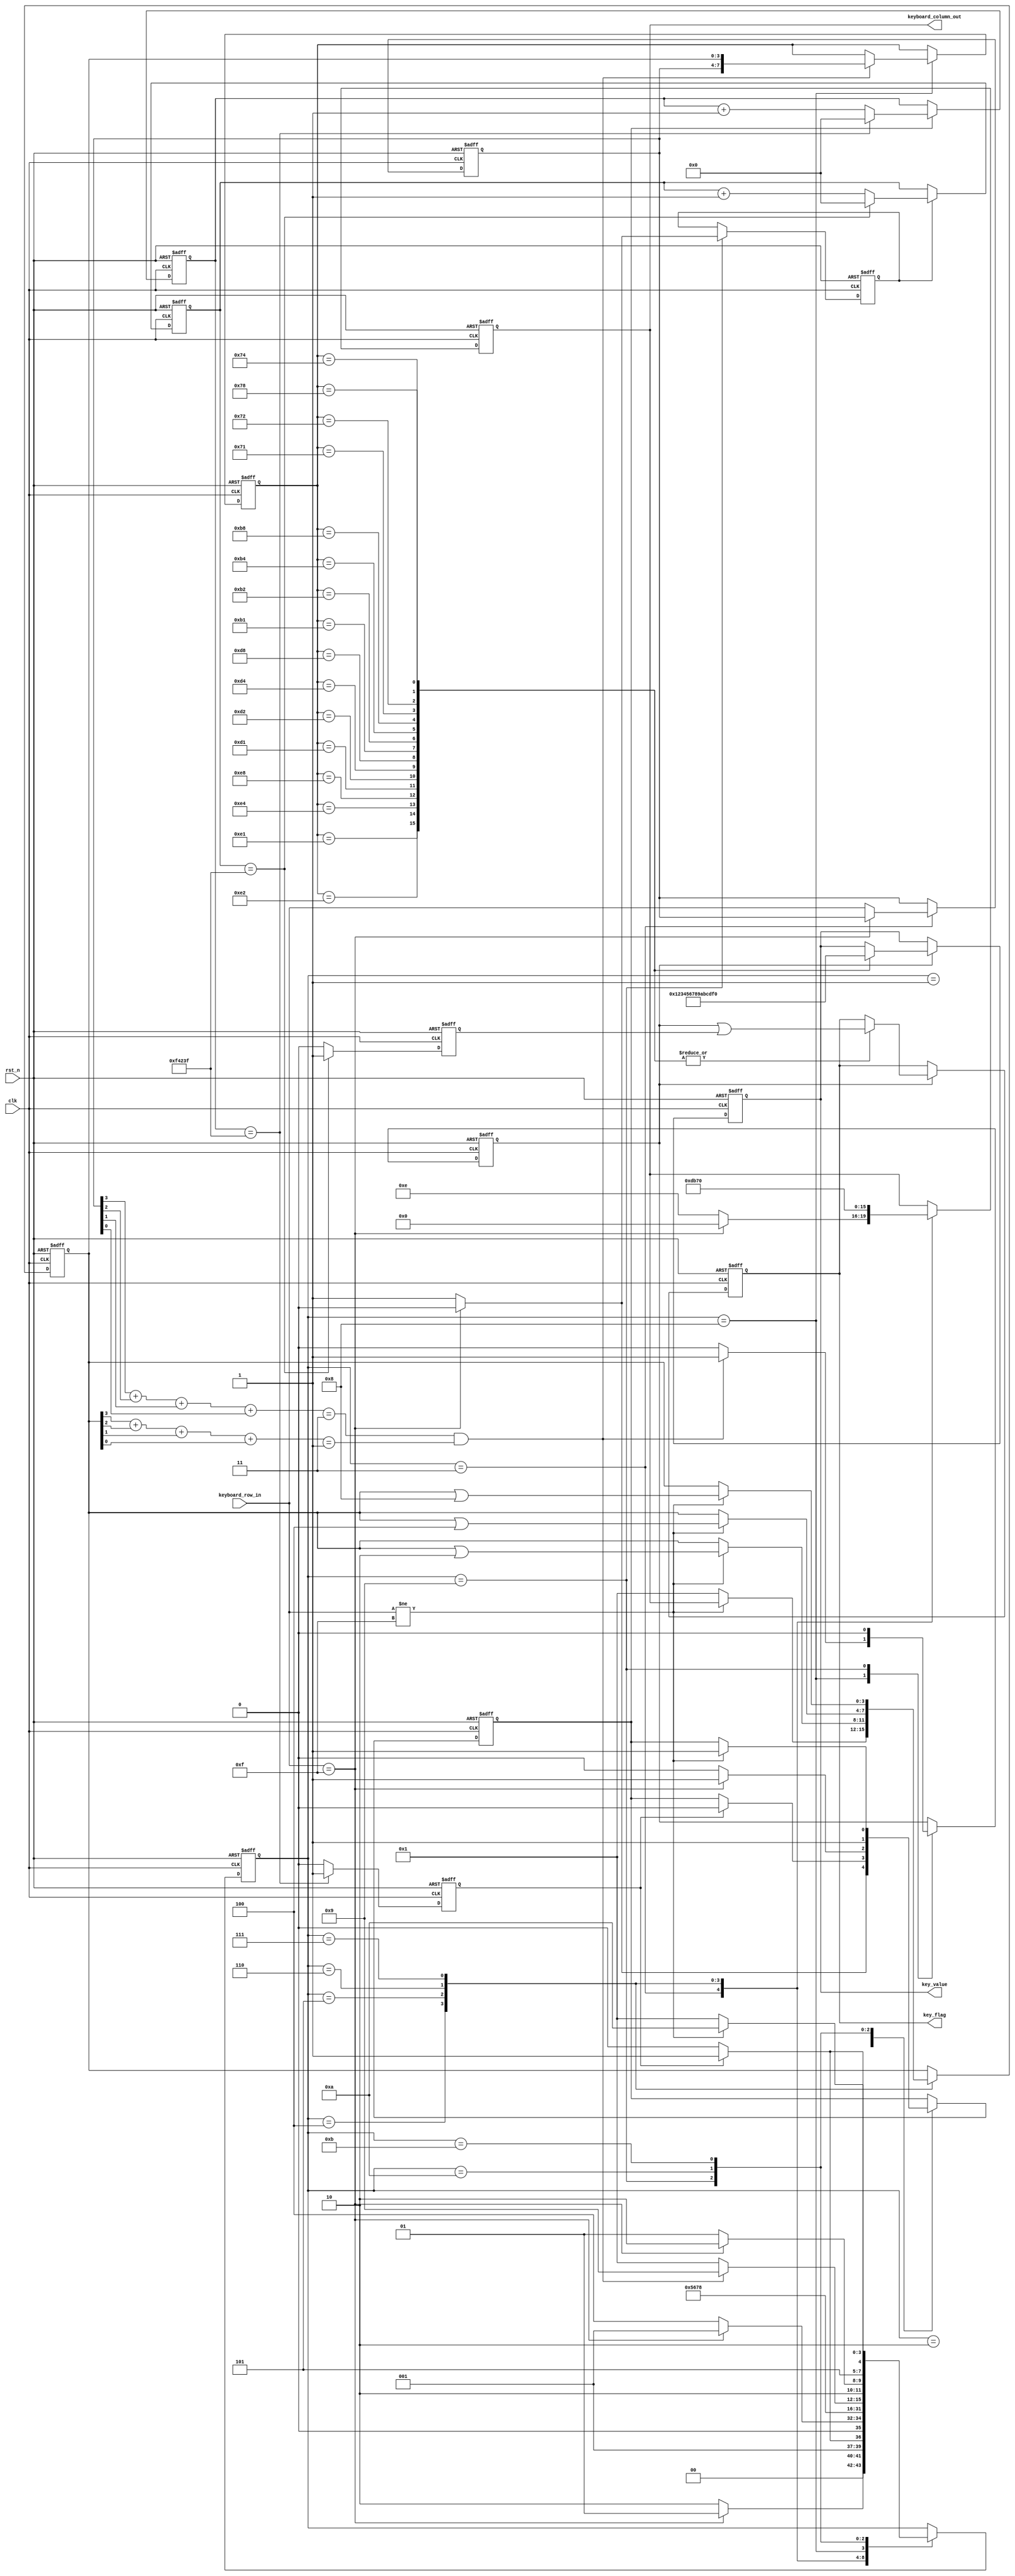
module matrix_keyboard(
		
	clk,
	rst_n,
	keyboard_row_in,
	
	key_flag,
	keyboard_column_out,
	key_value
);
	input clk;
	input rst_n;
	input [3:0]keyboard_row_in;
	
	output reg key_flag;
	output reg [3:0] keyboard_column_out;
	output reg [3:0] key_value;
	
	reg [3:0] state;
	localparam
		idle          = 1 ,
		filter_p	     = 2 ,
		store_row_in = 3 ,
		scan_column_1 = 4 ,
		scan_column_2 = 5 ,
		scan_column_3 = 6 ,
		scan_column_4 = 7 , 
		result        = 8 ,
		wait_r        = 9 , 
		filter_r      = 10, 
		read_row_in   = 11; 
	
	reg [19:0]counter1;
	reg [19:0]counter2;
	
	reg cnt1_done;
	reg cnt2_done;
	
	reg cnt1_en;
	reg cnt2_en;
	
	
	reg [3:0] row_in_buffer;
	reg [3:0] column_out;
	reg key_flag_tmp;
	reg [7:0]key_press_result_tmp;
	
	always@(posedge clk or negedge rst_n)//20ms for scanning the keyboard or for filtering
		if(!rst_n)
			counter1 <= 0;
		else if(cnt1_en)
			if(counter1 == 999999)
				counter1 <= 0;
			else
				counter1 <= counter1 + 1'b1;
		else
			counter1 <= counter1;
	
	always@(posedge clk or negedge rst_n)
		if(!rst_n)
			cnt1_done <= 1'b0;
		else if(counter1 == 999999)
			cnt1_done <= 1'b1;
		else
			cnt1_done <= 1'b0;
	
	always@(posedge clk or negedge rst_n)//20ms for dealing with the glitch or coutinuous input
		if(!rst_n)
			counter2 <= 0;
		else if(cnt2_en)
			if(counter2 == 999999)
				counter2 <= 0;
			else
				counter2 <= counter2 + 1'b1;
		else
			counter2 <= counter2;
	
	always@(posedge clk or negedge rst_n)
		if(!rst_n)
			cnt2_done <= 1'b0;
		else if(counter2 == 999999)
			cnt2_done <= 1'b1;
		else
			cnt2_done <= 1'b0;
	
	
	

	
	always@(posedge clk or negedge rst_n)
		if(!rst_n) begin
			state <= idle;
			cnt1_en <= 0;
			cnt2_en <= 0;
			keyboard_column_out <= 0;
			row_in_buffer <= 4'b1111;
			column_out <= 0;
			key_flag_tmp <= 0;
			key_press_result_tmp <= 0;
		end
		else
			case(state)
				idle          : begin  
										if(keyboard_row_in == 4'b1111) begin
											state <= idle;
											cnt1_en <= 0;
										end
										else begin
											state <= filter_p;
											cnt1_en <=1;
										end
									 end
									 
				filter_p	     : begin   
										if(cnt1_done) begin
											state <= store_row_in;
											cnt1_en <= 0;
										end
										else	
											state <= filter_p;
									 end
									 
				store_row_in : begin    
										if(keyboard_row_in == 4'b1111) begin
											state <= idle;
											keyboard_column_out <= 0;
										end
										else begin
											state <= scan_column_1;
											row_in_buffer <= keyboard_row_in;
											keyboard_column_out <= 4'b1110; 
										end
									 end
									 
				scan_column_1 : begin
										if(keyboard_row_in != 4'b1111) //key input found
											column_out <= keyboard_column_out;
										else 
											column_out <= 4'b0001;

										state <= scan_column_2;
										keyboard_column_out <= 4'b1101;
											
									 end
									 
				scan_column_2 : begin 
				
										if(keyboard_row_in != 4'b1111) //key input found
											column_out <= column_out | 4'b0010;
										else 
											column_out <= column_out;

										state <= scan_column_3;
										keyboard_column_out <= 4'b1011;
										
									 end
									 
				scan_column_3 : begin  
				
									 	if(keyboard_row_in != 4'b1111) //key input found
											column_out <= column_out | 4'b0100;
										else 
											column_out <= column_out;

										state <= scan_column_4;
										keyboard_column_out <= 4'b0111;
										
									 end
									 
				scan_column_4 : begin   
				
										if(keyboard_row_in != 4'b1111) //key input found
											column_out <= column_out | 4'b1000;
										else 
											column_out <= column_out;

										state <= result;
										keyboard_column_out <= 4'b0000;
										
									 end
				result        : begin 
										
										if((row_in_buffer[3]+row_in_buffer[2]+row_in_buffer[1]+row_in_buffer[0]) == 3 && (column_out[3]+column_out[2]+column_out[1]+column_out[0]) == 1)
										begin
											state <= wait_r;
											key_flag_tmp <= 1;
											key_press_result_tmp <= {row_in_buffer,column_out};
										end
										else begin
											state <= idle;
											key_flag_tmp <= 0;
											key_press_result_tmp <= key_press_result_tmp;
										end
							
									 end
				wait_r        : begin  
										
										key_flag_tmp <= 0;
										if(keyboard_row_in == 4'b1111) begin
											cnt1_en <= 1;
											state <= filter_r;
											cnt2_en <= 0;
										end
										else begin
											cnt2_en <= 1;
											cnt1_en <= 0;
											state <= wait_r;
										end
																				
									 end
				filter_r      : begin 
										
										if(cnt1_done) begin
											state <= read_row_in;
											cnt1_en <= 0;
										end
										else
											state <= filter_r;
											cnt1_en <= 1;
											
									 end
									 
				read_row_in   : begin
				
										if(keyboard_row_in != 4'b1111) begin
											state <= filter_r;
											cnt1_en <= 1;
										end
										else
											state <= idle;
											
									 end
				default:;
			endcase
			
	always@(posedge clk or negedge rst_n)
		if(!rst_n) begin
			key_flag <= 0;
			key_value <=0;
		end
		else if(key_flag_tmp) begin
			key_flag <= key_flag_tmp | cnt2_done;
			
			case(key_press_result_tmp)
				8'b1110_0001 : key_value <= 4'd0;
				8'b1110_0010 : key_value <= 4'd1; 
				8'b1110_0100 : key_value <= 4'd2;  
				8'b1110_1000 : key_value <= 4'd3;   
				8'b1101_0001 : key_value <= 4'd4;  
				8'b1101_0010 : key_value <= 4'd5; 
				8'b1101_0100 : key_value <= 4'd6;   
				
				8'b1101_1000 : key_value <= 4'd7;   
				8'b1011_0001 : key_value <= 4'd8;  
				8'b1011_0010 : key_value <= 4'd9;   
				8'b1011_0100 : key_value <= 4'd10;  
				8'b1011_1000 : key_value <= 4'd11;  
				8'b0111_0001 : key_value <= 4'd12;  
				8'b0111_0010 : key_value <= 4'd13;  
				8'b0111_0100 : key_value <= 4'd14;
				8'b0111_1000 : key_value <= 4'd15;  
				default: begin 
								key_value <= key_value;
								key_flag <= key_flag;
							end 
			endcase 
		end
		
endmodule